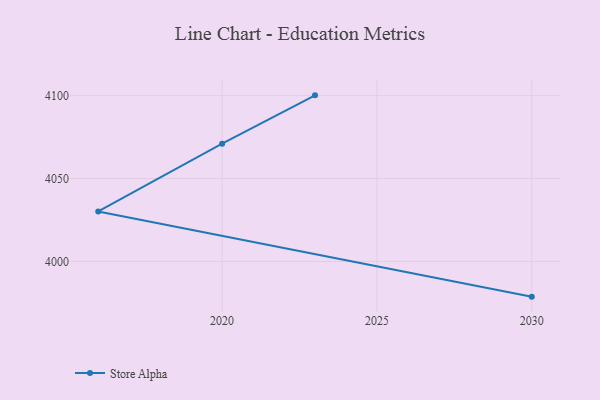
{"axis": {"x": "Year", "y": "Satisfaction Score"}, "legend": ["Store Alpha"], "data": [{"x": "2023", "y": 4100.2, "type": "Store Alpha"}, {"x": "2020", "y": 4071.0, "type": "Store Alpha"}, {"x": "2016", "y": 4030.1, "type": "Store Alpha"}, {"x": "2030", "y": 3978.7, "type": "Store Alpha"}]}